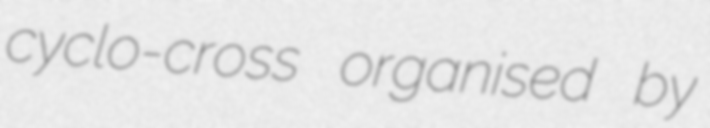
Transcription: cyclo-cross organised by